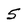
Character: 5